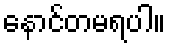
နောင်တမရပါ။